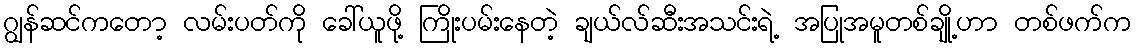
ဂျွန်ဆင်ကတော့ လမ်းပတ်ကို ခေါ်ယူဖို့ ကြိုးပမ်းနေတဲ့ ချယ်လ်ဆီးအသင်းရဲ့ အပြုအမူတစ်ချို့ဟာ တစ်ဖက်က